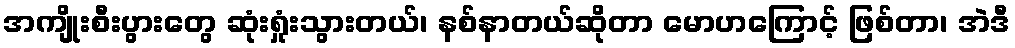
အကျိုးစီးပွားတွေ ဆုံးရှုံးသွားတယ်၊ နစ်နာတယ်ဆိုတာ မောဟကြောင့် ဖြစ်တာ၊ အဲဒီ